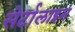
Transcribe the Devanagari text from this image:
सेर्टालाइन